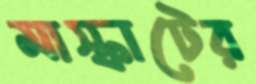
মাস্কাটের